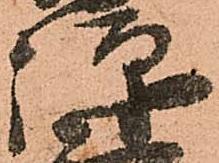
弾